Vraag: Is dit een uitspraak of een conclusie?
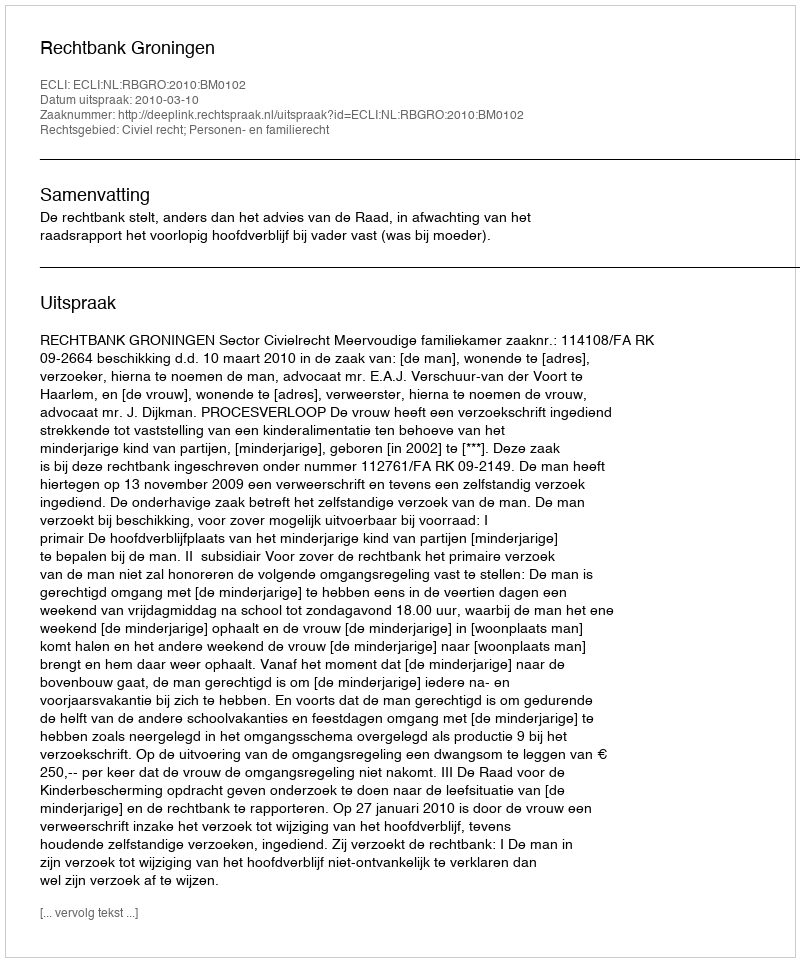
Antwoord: Uitspraak